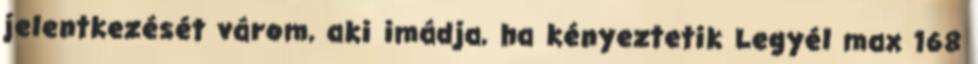
jelentkezését várom, aki imádja, ha kényeztetik Legyél max 168